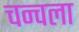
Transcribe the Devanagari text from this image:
चन्वला